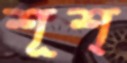
শূশ্